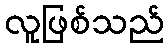
လူဖြစ်သည်